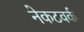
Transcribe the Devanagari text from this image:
नेकटवर्क